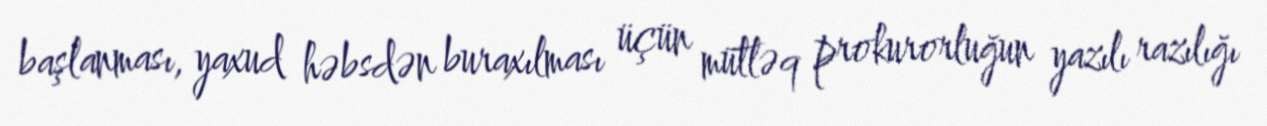
başlanması, yaxud həbsdən buraxılması üçün mütləq prokurorluğun yazılı razılığı